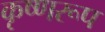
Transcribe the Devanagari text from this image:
कृष्णरूप